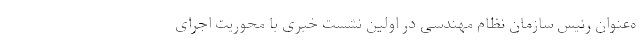
ه‌عنوان رئیس سازمان نظام مهندسی در اولین نشست خبری با محوریت اجرای